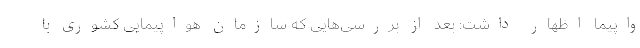
واپیما اظهار داشت: بعد از بررسی‌هایی که سازمان هواپیمایی کشوری با